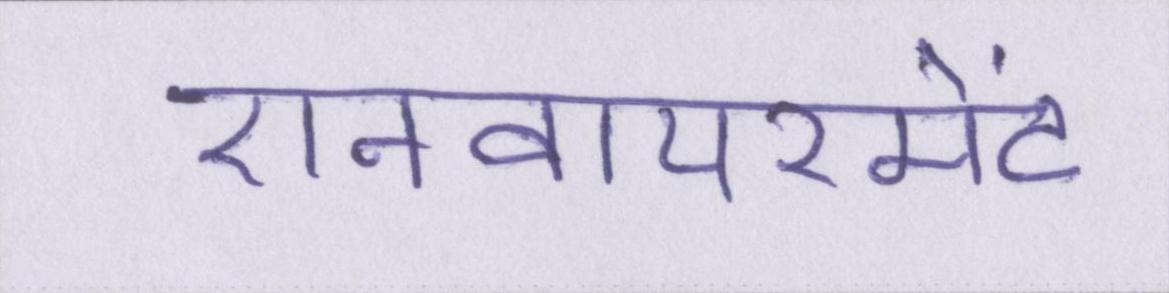
एनवायरमेंट